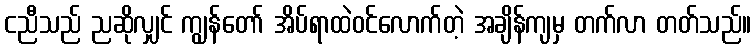
ငညီသည် ညဆိုလျှင် ကျွန်တော် အိပ်ရာထဲဝင်လောက်တဲ့ အချိန်ကျမှ တက်လာ တတ်သည်။